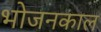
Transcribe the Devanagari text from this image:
भोजनकाल